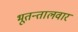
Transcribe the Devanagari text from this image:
भूतन्तालवार